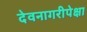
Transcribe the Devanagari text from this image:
देवनागरीपेक्षा